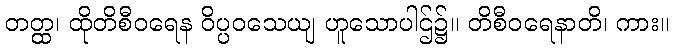
တတ္ထ၊ ထိုတိစီဝရေန ဝိပ္ပဝသေယျ ဟူသောပါဌ်၌။ တိစီဝရေနာတိ၊ ကား။